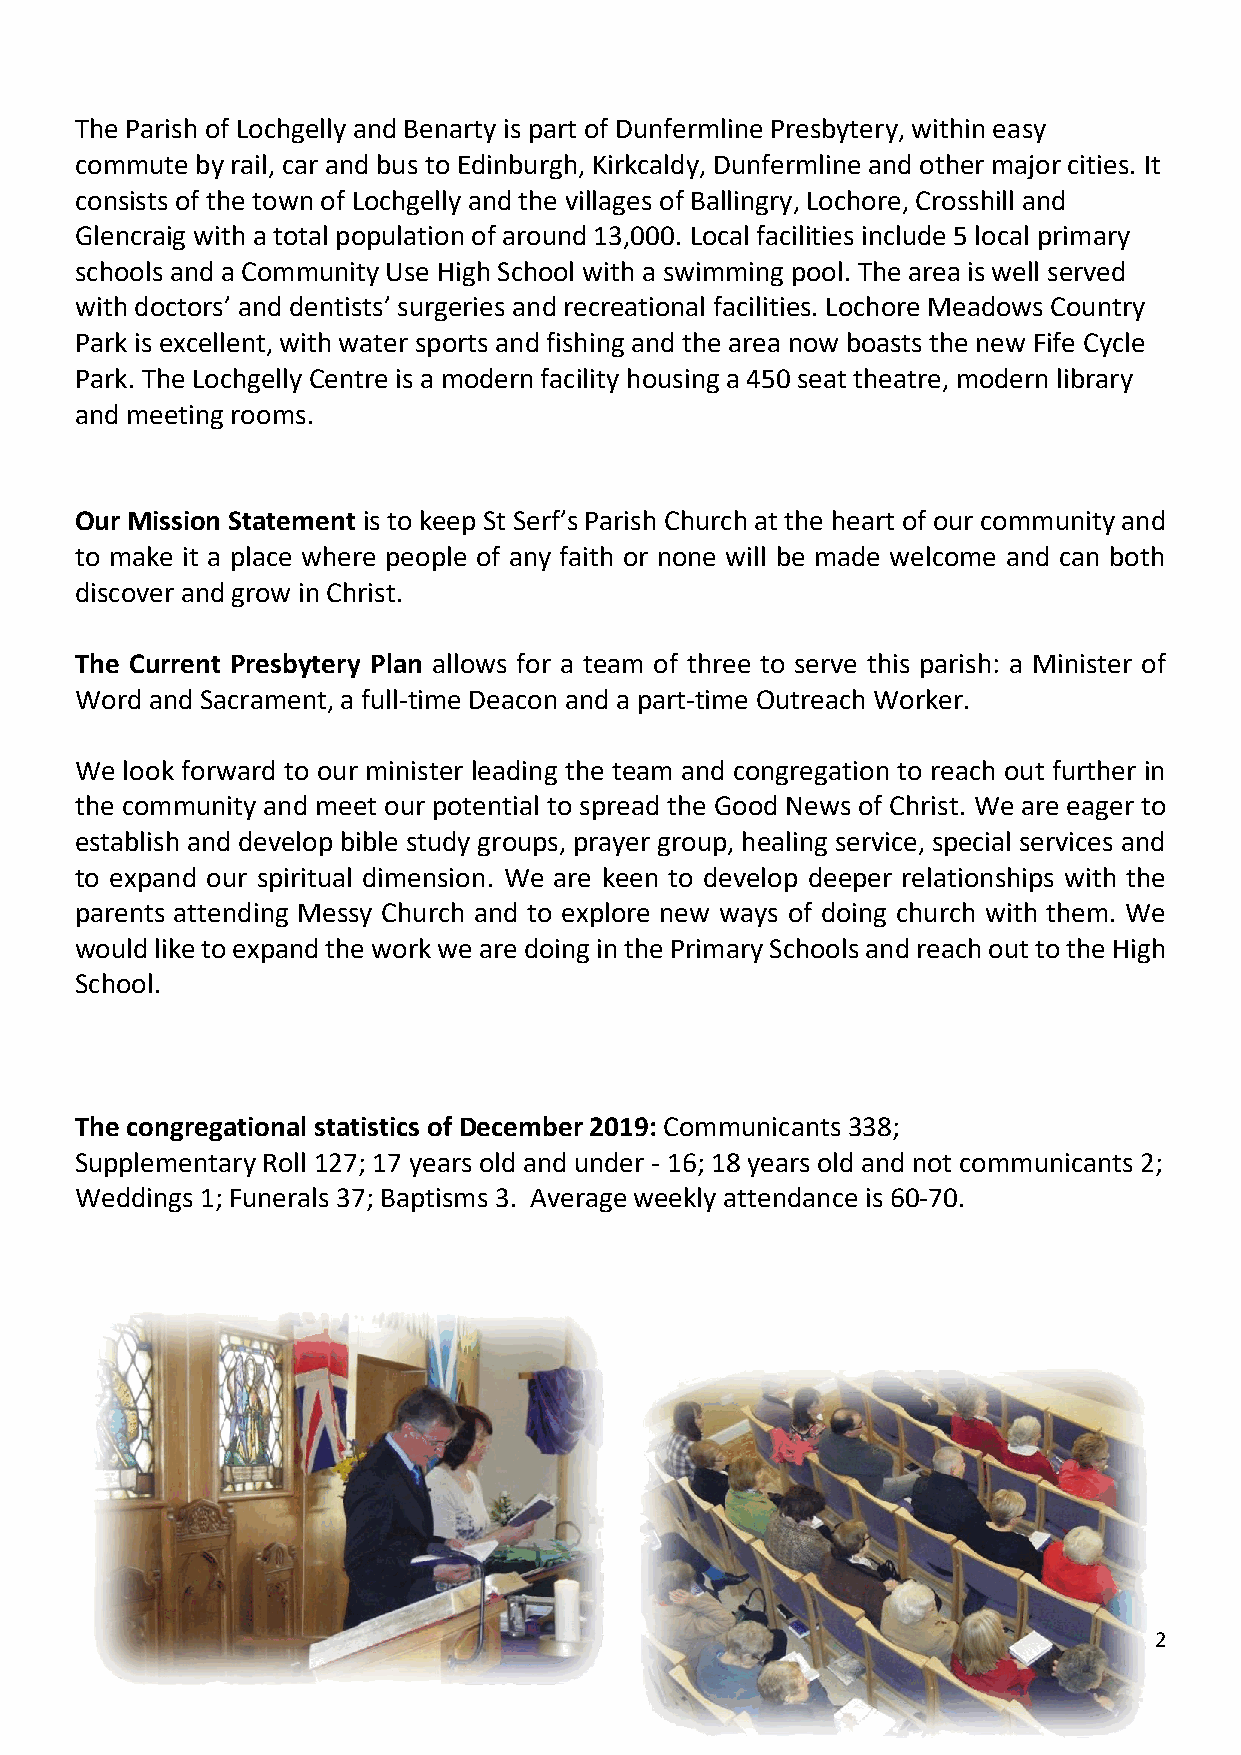
The Parish of Lochgelly and Benarty is part of Dunfermline Presbytery, within easy
 commute by rail, car and bus to Edinburgh, Kirkcaldy, Dunfermline and other major cities. It
 consists of the town of Lochgelly and the villages of Ballingry, Lochore, Crosshill and
 Glencraig with a total population of around 13,000. Local facilities include 5 local primary
 schools and a Community Use High School with a swimming pool. The area is well served
 with doctors’ and dentists’ surgeries and recreational facilities. Lochore Meadows Country
 Park is excellent, with water sports and fishing and the area now boasts the new Fife Cycle
 Park. The Lochgelly Centre is a modern facility housing a 450 seat theatre, modern library
 and meeting rooms.
 Our Mission Statement is to keep St Serf’s Parish Church at the heart of our community and
 to make it a place where people of any faith or none will be made welcome and can both
 discover and grow in Christ.
 The Current Presbytery Plan allows for a team of three to serve this parish: a Minister of
 Word and Sacrament, a full-time Deacon and a part-time Outreach Worker.
 We look forward to our minister leading the team and congregation to reach out further in
 the community and meet our potential to spread the Good News of Christ. We are eager to
 establish and develop bible study groups, prayer group, healing service, special services and
 to expand our spiritual dimension. We are keen to develop deeper relationships with the
 parents attending Messy Church and to explore new ways of doing church with them. We
 would like to expand the work we are doing in the Primary Schools and reach out to the High
 School.
 The congregational statistics of December 2019: Communicants 338;
 Supplementary Roll 127; 17 years old and under - 16; 18 years old and not communicants 2;
 Weddings 1; Funerals 37; Baptisms 3. Average weekly attendance is 60-70.
 2